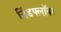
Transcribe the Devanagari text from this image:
विंडफ्लॉवर